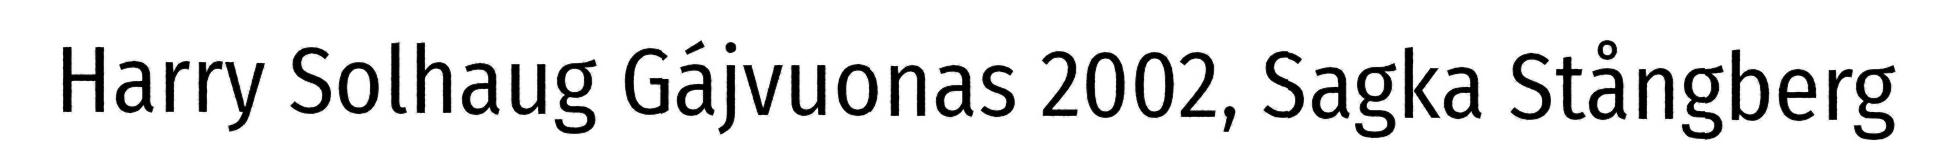
Harry Solhaug Gájvuonas 2002, Sagka Stångberg